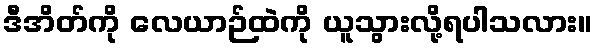
ဒီအိတ်ကို လေယာဉ်ထဲကို ယူသွားလို့ရပါသလား။